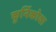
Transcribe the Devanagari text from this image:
कुर्निकोवा